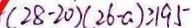
( 2 8 - 2 0 ) ( 2 6 - a ) \geq 1 9 5